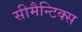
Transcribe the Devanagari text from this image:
सीमैन्टिक्स